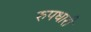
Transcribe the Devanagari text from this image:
रुपधारी